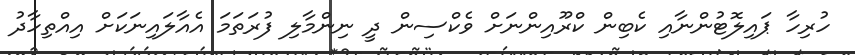
ހުރިހާ ޕައިލޮޓުންނާއި ކެބިން ކްރޫއިންނަށް ވެކްސިން ދީ ނިންމާލި ފުރަތަމަ އެއާލައިނަކަށް އިއްތިހާދު